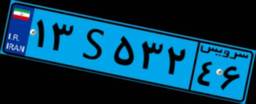
۱۳S۵۳۲۴۶